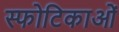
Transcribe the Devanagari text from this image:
स्फोटिकाओं